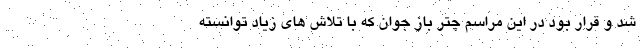
شد و قرار بود در این مراسم چتر باز جوان که با تلاش های زیاد توانسته